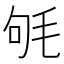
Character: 㲒